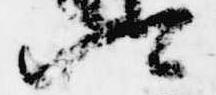
卿